画像に写った文字を読んでください
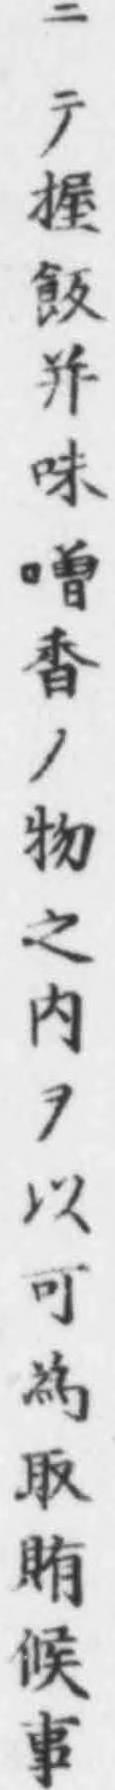
「ニテ握飯幷味噌香ノ物之内ヲ以可為取賄候事」と書いてあります